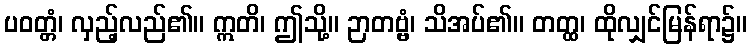
ပဝတ္တံ၊ လှည့်လည်၏။ ဣတိ၊ ဤသို့။ ဉာတဗ္ဗံ၊ သိအပ်၏။ တတ္ထ၊ ထိုလျှင်မြန်ရာ၌။